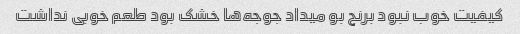
کیفیت خوب نبود برنج بو میداد جوجه‌ها خشک بود طعم خوبی نداشت